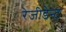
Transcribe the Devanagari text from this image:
रेजीडेन्ट